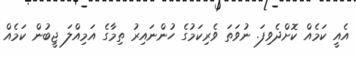
އެއީ ކަމެއް ކޮށްދެވިފަ. ނުވަތަ ވެރިކަމުގެ ހުންނައިރު ތިމާގެ އަމިއްލަ ޖީބުން ކަމެއް